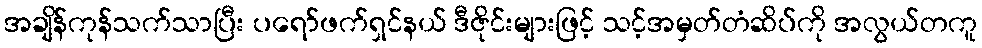
အချိန်ကုန်သက်သာပြီး ပရော်ဖက်ရှင်နယ် ဒီဇိုင်းများဖြင့် သင့်အမှတ်တံဆိပ်ကို အလွယ်တကူ